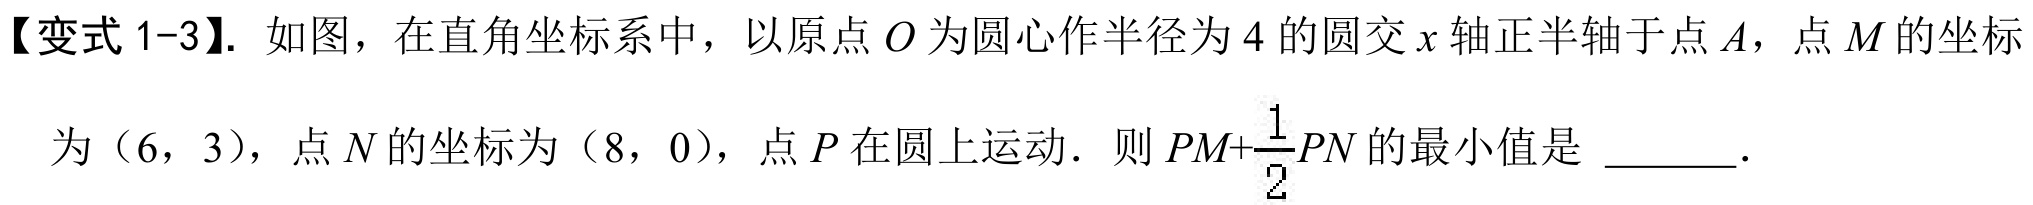
【变式 1-3】. 如图，在直角坐标系中，以原点\(O\)为圆心作半径为\(4\)的圆交\(x\)轴正半轴于点\(A\)，点\(M\)的坐标
为\((6,3)\)，点\(N\)的坐标为\((8,0)\)，点\(P\)在圆上运动．则\(PM + \dfrac{1}{2}PN\)的最小值是  ．